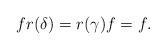
LaTeX: \begin{align*}f r(\delta) = r(\gamma) f = f.\end{align*}